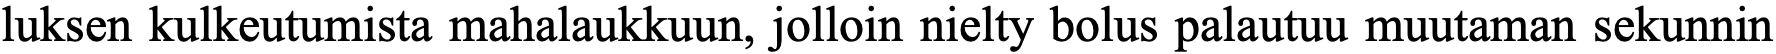
luksen kulkeutumista mahalaukkuun, jolloin nielty bolus palautuu muutaman sekunnin